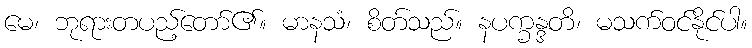
မေ၊ ဘုရားတပည့်တော်၏။ မာနသံ၊ စိတ်သည်။ နပက္ခန္ဒတိ၊ မသက်ဝင်နိုင်ပါ။